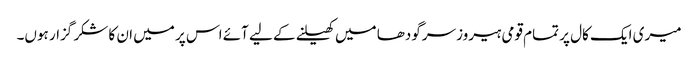
میری ایک کال پر تمام قومی ہیروز سرگودھا میں کھیلنے کے لیے آئے اس پر میں ان کا شکر گزار ہوں۔